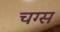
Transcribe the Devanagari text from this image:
चग्स